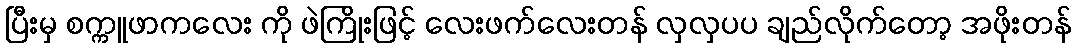
ပြီးမှ စက္ကူဖာကလေး ကို ဖဲကြိုးဖြင့် လေးဖက်လေးတန် လှလှပပ ချည်လိုက်တော့ အဖိုးတန်